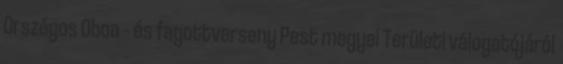
Országos Oboa – és fagottverseny Pest megyei Területi válogatójáról